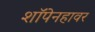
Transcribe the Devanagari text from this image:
शॉपेनहावर